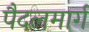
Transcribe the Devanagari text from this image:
पैदलमार्ग